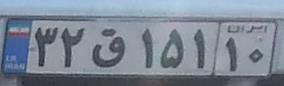
۳۲ق۱۵۱۱۰